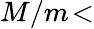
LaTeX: M/m\! <